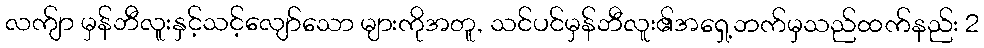
လက်ျာ မှန်ဘီလူးနှင့်သင့်လျော်သော များကိုအတူ, သင်ပင်မှန်ဘီလူး၏အရှေ့ဘက်မှသည်ထက်နည်း 2